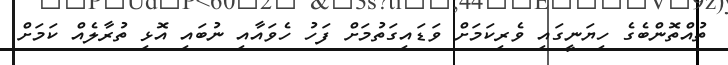
ތުއްތޮންބެގެ ހިޔަނީގައި ވެރިކަމަށް ވަޑައިގަތުމަށް ފަހު ހެވައާއި ނުބައި އޮޅި ތުރާލެއް ކަމަށް